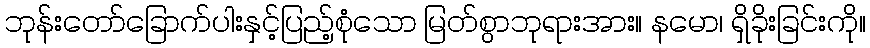
ဘုန်းတော်ခြောက်ပါးနှင့်ပြည့်စုံသော မြတ်စွာဘုရားအား။ နမော၊ ရှိခိုးခြင်းကို။